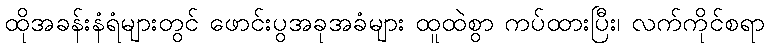
ထိုအခန်းနံရံများတွင် ဖောင်းပွအခုအခံများ ထူထဲစွာ ကပ်ထားပြီး၊ လက်ကိုင်စရာ